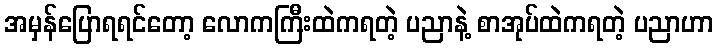
အမှန်ပြောရရင်တော့ လောကကြီးထဲကရတဲ့ ပညာနဲ့ စာအုပ်ထဲကရတဲ့ ပညာဟာ